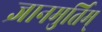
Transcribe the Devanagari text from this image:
ज्ञानमुर्तिम्‌